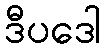
ဒီပဒေါ